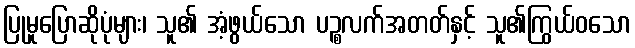
ပြုမူပြောဆိုပုံများ၊ သူ၏ အံ့ဖွယ်သော ပဉ္စလက်အတတ်နှင့် သူ၏ကြွယ်ဝသော